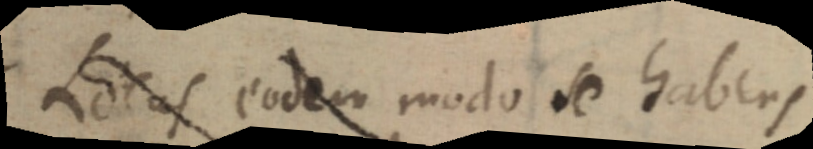
Locas eodem modo se habens